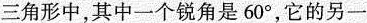
三角形中，其中一个锐角是60°，它的另一